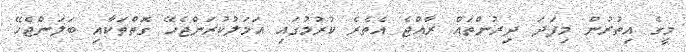
މީގެ އިތުުރުން މިފަދަ ދިރުންތައް ރާއްޖެ އެތެރެ ކުރުމުގައި އަމަލުކުރަންޖެހޭ ގޮތްތަކާއި ބަލަންޖެހޭ